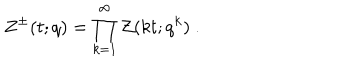
Z ^ { \pm } ( t ; q ) = \prod _ { k = 1 } ^ { \infty } { \cal Z } ( k t ; q ^ { k } ) ~ .